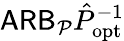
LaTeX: \mathsf{ARB}_{\mathcal P}\hat{P}_{\mathrm{opt}}^{-1}